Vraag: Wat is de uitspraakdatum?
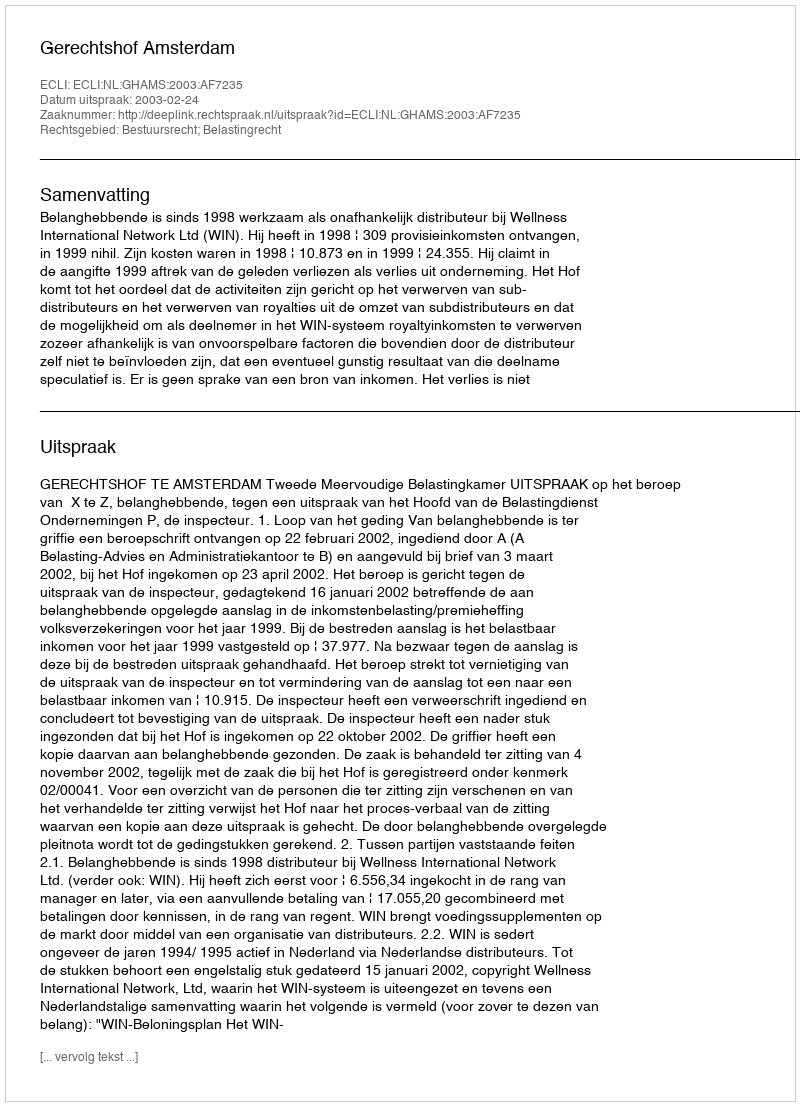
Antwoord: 2003-02-24